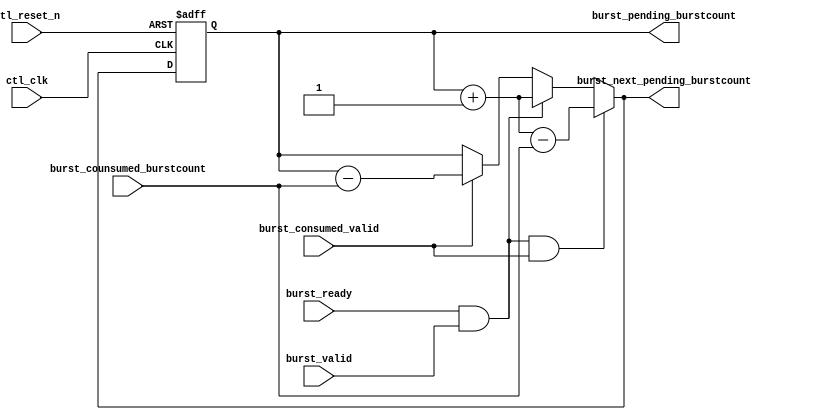

//altera message_off 10230

`timescale 1 ps / 1 ps

module alt_mem_ddrx_burst_tracking
# (
    // module parameter port list
    parameter
        CFG_BURSTCOUNT_TRACKING_WIDTH   =   7,
        CFG_BUFFER_ADDR_WIDTH           =   6,
        CFG_INT_SIZE_WIDTH              =   4
)
(
    // port list
    ctl_clk,
    ctl_reset_n,

    // data burst interface
    burst_ready,
    burst_valid,

    // burstcount counter sent to data_id_manager
    burst_pending_burstcount,
    burst_next_pending_burstcount,

    // burstcount consumed by data_id_manager
    burst_consumed_valid,
    burst_counsumed_burstcount
);

    // -----------------------------
    // local parameter declarations
    // -----------------------------

    // -----------------------------
    // port declaration
    // -----------------------------

    input                                           ctl_clk;
    input                                           ctl_reset_n;
    
    // data burst interface
    input                                           burst_ready;
    input                                           burst_valid;

    // burstcount counter sent to data_id_manager
    output  [CFG_BURSTCOUNT_TRACKING_WIDTH-1:0]     burst_pending_burstcount;
    output  [CFG_BURSTCOUNT_TRACKING_WIDTH-1:0]     burst_next_pending_burstcount;

    // burstcount consumed by data_id_manager
    input                                           burst_consumed_valid;
    input   [CFG_INT_SIZE_WIDTH-1:0]                burst_counsumed_burstcount;

    // -----------------------------
    // port type declaration
    // -----------------------------

    wire                                            ctl_clk;
    wire                                            ctl_reset_n;

    // data burst interface
    wire                                            burst_ready;
    wire                                            burst_valid;

    // burstcount counter sent to data_id_manager
    wire    [CFG_BURSTCOUNT_TRACKING_WIDTH-1:0]     burst_pending_burstcount;
    wire    [CFG_BURSTCOUNT_TRACKING_WIDTH-1:0]     burst_next_pending_burstcount;
    //wire    [CFG_BURSTCOUNT_TRACKING_WIDTH-1:0]    burst_count_accepted;

    // burstcount consumed by data_id_manager
    wire                                            burst_consumed_valid;
    wire    [CFG_INT_SIZE_WIDTH-1:0]                burst_counsumed_burstcount;


    // -----------------------------
    // signal declaration
    // -----------------------------

    reg     [CFG_BURSTCOUNT_TRACKING_WIDTH-1:0]     burst_counter;
    reg     [CFG_BURSTCOUNT_TRACKING_WIDTH-1:0]     burst_counter_next;
    wire                                            burst_accepted;

    // -----------------------------
    // module definition
    // -----------------------------

    assign burst_pending_burstcount      = burst_counter;
    assign burst_next_pending_burstcount = burst_counter_next;
    
    assign burst_accepted = burst_ready & burst_valid;

    always @ (*) 
    begin
        if (burst_accepted & burst_consumed_valid)
        begin
            burst_counter_next = burst_counter + 1 - burst_counsumed_burstcount;
        end
        else if (burst_accepted)
        begin
            burst_counter_next = burst_counter + 1;
        end
        else if (burst_consumed_valid)
        begin
            burst_counter_next = burst_counter - burst_counsumed_burstcount;
        end
        else 
        begin
            burst_counter_next = burst_counter;
        end
    end

    always @ (posedge ctl_clk or negedge ctl_reset_n) 
    begin
        if (~ctl_reset_n)
        begin
            burst_counter <= 0;
        end
        else
        begin

            burst_counter <= burst_counter_next;

        end
    end
    
endmodule